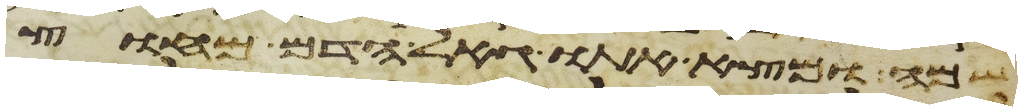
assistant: שמה ומצא אתו גאל הדם מחוץ